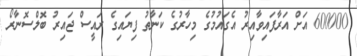
600000 އަށް އަރާފައިވާއިރު އެގައުމުގެ މިހާރުގެ ކަނާތު ފިޔައިގެ ރައީސް ޖައިރު ބޮލްސޮނާރޯ